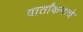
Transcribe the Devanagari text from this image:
वार्तांकनाचे